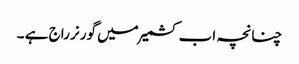
چنانچہ اب کشمیر میں گورنر راج ہے ۔